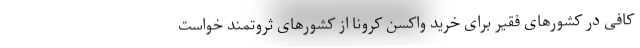
کافی در کشورهای فقیر برای خرید واکسن کرونا از کشورهای ثروتمند خواست